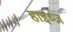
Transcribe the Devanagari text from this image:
हाइव्ज़